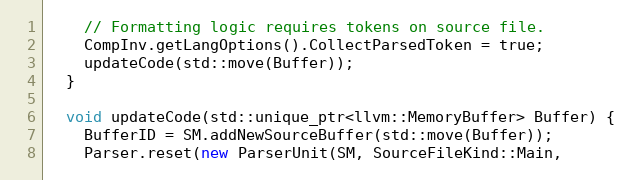
Language: C++
    // Formatting logic requires tokens on source file.
    CompInv.getLangOptions().CollectParsedToken = true;
    updateCode(std::move(Buffer));
  }

  void updateCode(std::unique_ptr<llvm::MemoryBuffer> Buffer) {
    BufferID = SM.addNewSourceBuffer(std::move(Buffer));
    Parser.reset(new ParserUnit(SM, SourceFileKind::Main,